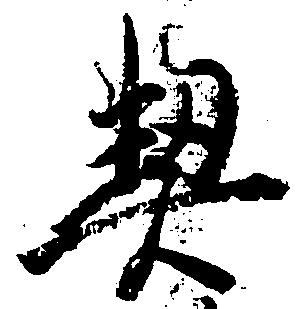
契